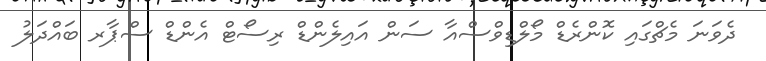
ދެވަނަ މެޗްގައި ކޮންރެޑް މޯލްޑިވްސްއާ ސަން އައިލެންޑް ރިސޯޓް އެންޑް ސްޕާރ ބައްދަލު